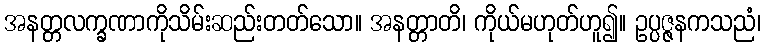
အနတ္တလက္ခဏာကိုသိမ်းဆည်းတတ်သော။ အနတ္တာတိ၊ ကိုယ်မဟုတ်ဟူ၍။ ဥပ္ပဇ္ဇနကသညံ၊